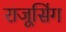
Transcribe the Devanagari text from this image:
राजूसिंग